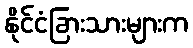
နိုင်ငံခြားသားများက